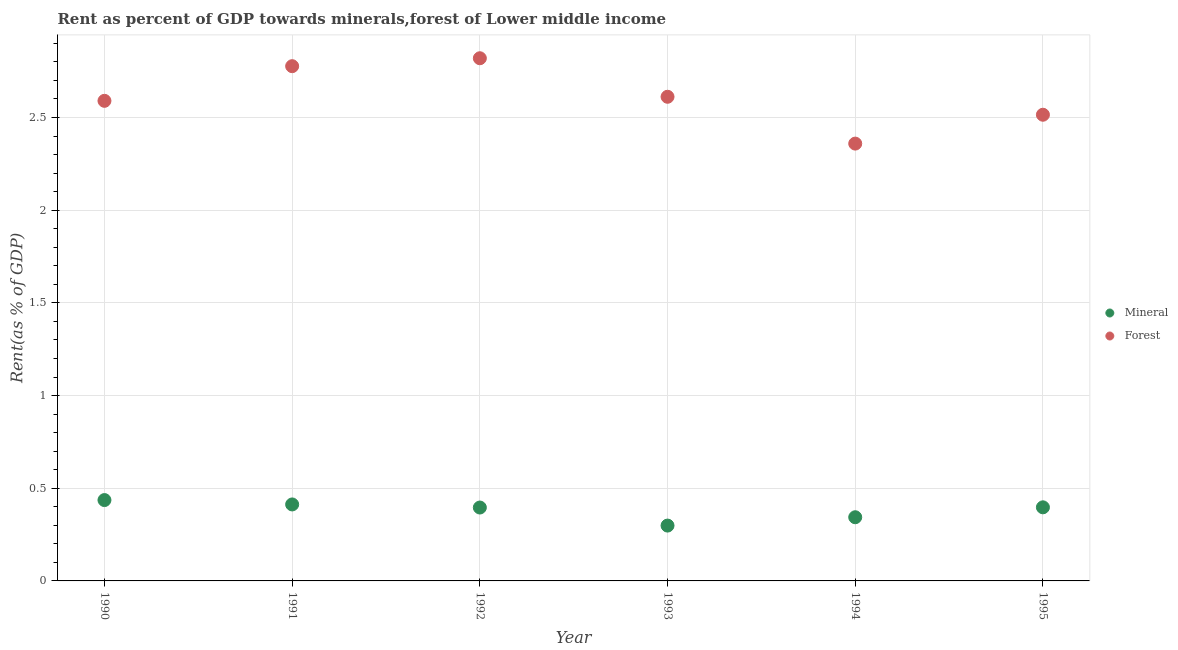
| Year | Mineral | Forest |
 | --- | --- | --- |
 | 1990 | 0.436 | 2.59 |
 | 1991 | 0.413 | 2.78 |
 | 1992 | 0.396 | 2.82 |
 | 1993 | 0.299 | 2.61 |
 | 1994 | 0.344 | 2.36 |
 | 1995 | 0.397 | 2.51 |